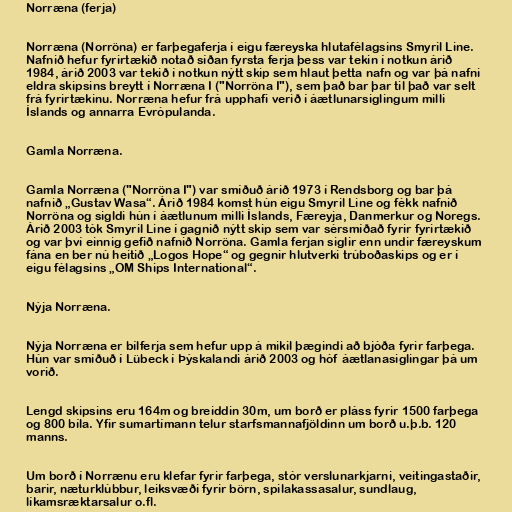
Norræna (ferja)

Norræna (Norröna) er farþegaferja í eigu færeyska hlutafélagsins Smyril Line.
Nafnið hefur fyrirtækið notað síðan fyrsta ferja þess var tekin í notkun árið
1984, árið 2003 var tekið í notkun nýtt skip sem hlaut þetta nafn og var þá nafni
eldra skipsins breytt í Norræna I ("Norröna I"), sem það bar þar til það var selt
frá fyrirtækinu. Norræna hefur frá upphafi verið í áætlunarsiglingum milli
Íslands og annarra Evrópulanda.

Gamla Norræna.

Gamla Norræna ("Norröna I") var smíðuð árið 1973 í Rendsborg og bar þá
nafnið „Gustav Wasa“. Árið 1984 komst hún eigu Smyril Line og fékk nafnið
Norröna og sigldi hún í áætlunum milli Íslands, Færeyja, Danmerkur og Noregs.
Árið 2003 tók Smyril Line í gagnið nýtt skip sem var sérsmíðað fyrir fyrirtækið
og var því einnig gefið nafnið Norröna. Gamla ferjan siglir enn undir færeyskum
fána en ber nú heitið „Logos Hope“ og gegnir hlutverki trúboðaskips og er í
eigu félagsins „OM Ships International“.

Nýja Norræna.

Nýja Norræna er bílferja sem hefur upp á mikil þægindi að bjóða fyrir farþega.
Hún var smíðuð í Lübeck í Þýskalandi árið 2003 og hóf áætlanasiglingar þá um
vorið.

Lengd skipsins eru 164m og breiddin 30m, um borð er pláss fyrir 1500 farþega
og 800 bíla. Yfir sumartímann telur starfsmannafjöldinn um borð u.þ.b. 120
manns.

Um borð í Norrænu eru klefar fyrir farþega, stór verslunarkjarni, veitingastaðir,
barir, næturklúbbur, leiksvæði fyrir börn, spilakassasalur, sundlaug,
líkamsræktarsalur o.fl.